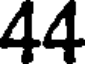
44